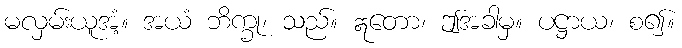
မလှမ်းယူအံ့။ အယံ ဘိက္ခု၊ သည်။ ဣတော၊ ဤအခါမှ။ ပဋ္ဌာယ၊ စ၍။